Calcutta medical institutions reports 1871-78
Year: 1871
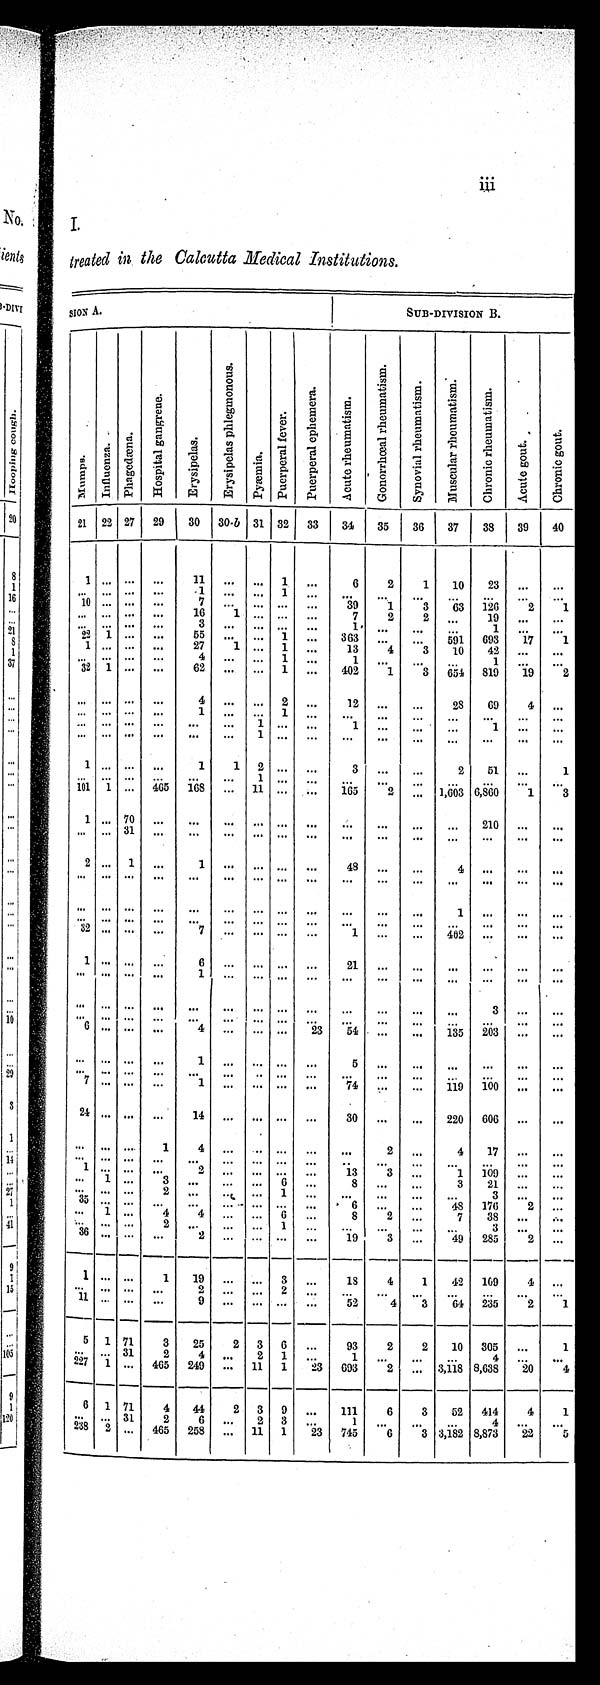
I.
treated in the Calcutta Medical Institutions.
SIONA.
SUB-DIVISION B.
Mu mp s . I n f l u e n z a .
P h a g e d æn a .
H o s p i t a l g a n g r e n e .
E r y s i p e l a s .
E r y s i p e l a s p h e l e g m o n u s
Py æmi a
P u e r p e r a l f e v e r .
P u e r p e r a l r p h r m e r a . A c u t e r h e m a t i s m .
G o n o r r h æ a l r h e m a t i s m .
S y n o v i a l r h e m a t i s m .
M u s c u l a r r h e u m a t i s m . i s m .
C h r o n i c r h e m a t i s m . c u t e
A c u t e g o u t .
C h r o n i c g o u t
21 22 27 29 30 30-b 31 32 33 34 35 36 37 38 39 40
1 . . . . . .
. . .
1 1
. . . . . . 1
. . .
6
2
1 10 23
. . .
. . .
. . . . . . . . .
. . .
1
. . .
. . . 1
. . . . . .
. . .
. . .
. . .
. . . . . . ...
10
. . . . . .
. . .
7
. . . . . . . . .
. . . 39
1
3
3 63 126
2
1
. . . . . . . . .
. . . 16
1 . . . . . .
. . . 7
2
2
. . . 19
. . .
. . .
. . .
. . . . . .
. . .
3
. . .
. . . ... ...
1
. . .
. . .
. . .
1
. . .
. . .
22 1
. . .
. . . 55
. . .
. . . 1
. . . 363
. . .
. . 591 693
1 7
1
1
. . . . . .
. . . 27
1
. . . 1
. . . 13
4
3 10 42
. . .
. . .
. . . . . . . . .
. . .
4
. . . ... 1
. . . 1
. . .
. . .
. . . 1
... ...
32 1 ... ...
62 ... ... 1
... 402
1
3 654 819 19
2
. . . . . . . . .
. . .
4
. . . . . . 2
. .
1 2
. . .
. . . 28 69
4
. . .
. . . . . . . . .
. . .
1
. . .
. . . 1
. . .
. . .
. . .
. . .
. . .
. . .
. . .
. . .
. . . . . . . . .
. . .
. . .
. . .
1
. . .
. . . 1
. . .
. . .
. . .
1
. . .
. . .
. . . . . . . . .
. . .
. . .
. . . 1 . .
. . .
. . .
...
. . .
. . .
. . .
. . .
. . .
1
. . . . . .
. . . 1
1 2
. . .
. . . 3 ... ...
2 51
. . .
1
. . . . . . . . .
. . .
. . .
. . . 1 . . .
. . .
. . .
. . .
. . .
. . .
. . . ...
. . .
10 1 ... 465 168 ... 11 ... ... 165
2 . . .
1 , 6 0 3
6 , 8 6 0
1 3
1 . . . 7 0
. . .
. . .
. . . . . . . . .
. . .
. . .
. . .
. . .
. . .
2 1 0
. . .
. . .
. . . . . . 3 1
. . .
. . .
. . . . . . . . .
. . .
. . .
. . .
. . .
. . .
. . .
. . .
. . .
2 . . . 1
. . .
1
. . . . . . . . .
. . . 48
. . .
. . .
4
. . .
. . .
. . .
. . . . . . . . .
. . .
. . .
. . . . . . . . .
. . .
. . .
. . .
. . .
. . .
. . .
. . .
. . .
. . . . . . . . .
. . .
. . .
. . . . . . . . .
. . .
. . .
. . .
. . . 1
. . .
. . .
. . .
. . . ... ... ... ... ... ...
. . .
. . .
. . .
. . .
. . .
. . .
. . .
. . .
. . .
32
. . . . . .
. . . 7
. . . . . .
... ...
1
. . .
. . .
4 0 2 .
. . .
. . .
. . .
1 . . . . . .
. . . 6 ... ...
. . . ...
2 1
. . .
. . .
. . .
. . .
. . .
. . .
. . . . . . . . .
. . . 1
. . . . . . . . .
. . .
. . .
. . .
. . .
. . .
. . . . . .
. . .
. . . . . . . . .
. . .
. . .
. . . . . . . . .
. . .
. . .
. . .
. . .
. .
3
. . . . .
. . . . . . . . .
. . .
. . .
. . .
. . . . . .
. . .
. . .
. . .
. . .
. . .
. . .
. . .
. . .
6 . . . . . .
. . . 4 ... ...
. . . 23
5 4
. . .
. . . 135 203 ...
..
. . . ... ... ...
1 ... ... ... ...
5
. . .
. . .
. . .
. . .
. . .
. . .
. . . ...
. . .
. . .
. . . ...
. . . . . .
. . .
. . .
. . .
. . .
. . .
. . .
. . .
. . .
7 . . . ... ...
1 ... ... ... ...
74
. . .
. . . 119 100
. . .
...
. . .
24 ... ... ...
14
. . . . . . . . .
. . . 30 ... ... 220 606 ... ...
. . . ... ...
1
4
. . . . . . . . .
. . .
. . .
2
. . .
4 17
. . .
. . .
. . . . . . . . .
1
4
. . . . . . . . .
. . .
. . .
2
. . .
4
1 7 . . .
. . .
. . . . . . . . .
. . . . . .
. . .
. . .
. . . . . .
. . .
. . . . . ... ...
. . . . . . ... . . . ... ...
1 . . . . . .
. . .
2
. . . ... ...
. . .
1 3
3
. . .
1
1 0 9
. . . ...
. . . 1 . . .
3
. . .
. . . . . . 6
. . .
8
. . .
. . .
3
2 1 . . .
. . .
3 5 . . . . . .
. . .
. . .
. . . . . . . . .
. . .
6
. . .
. . .
4 8
1 7 6
2
. . .
. . . 1 . . .
4 4
. . . ... 6
. . .
8
2
. . .
7
3 8
. . . ...
. . . . . . . . . 2
. . .
. . . . . . 1 ...
. . .
. . .
. . .
. . .
3
. . .
. . . .
3 6 . . . . . .
. . . 2 ... ...
. . . ...
19
3
. . .
...
49 285
2
. . .
1
. . . . . . 1 19
. . . . . .
3
. . .
18
4
1 42 109 4
. . .
. . . . . . . . .
. . .
2
. . . . . . 2
. . .
. . .
. . .
. . .
. . .
. . .
. . .
. . .
11
1 1
. . . . . .
. . .
9
. . .
. . . . . .
. . .
5 2
4 3 64 235
2
1
5
1 7 1
3
2 5 2
3 6
. . .
9 3
2
2
1 0
3 0 5
. . .
1
. . . . . . 3 1 2
4
. . . 2 1 ...
1
. . .
. . .
. . .
4 ...
. . .
227 1 ... 465 249 ... 11
1 23 693
2
... 3,118 8,638 20
4
6 1
7 1
4 44
2 3
9
. . .
1 1 1
6
3
5 2
4 1 4
4
1
. . . . . . 31
2
6 ... 2
3
3
. . . 1 1
. . .
. . .
. . .
4
. . .
. . .
2 3 8 2 ... 465 258 ... 11 1 23 745
6
3 3,182 8,873 22
5